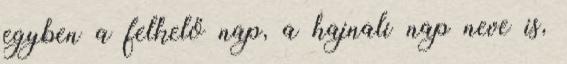
egyben a felkelő nap, a hajnali nap neve is,